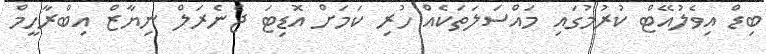
ބިޑް އިވެލުއޭޓް ކުރުމުގައި މައްސަލަތަކެއް ހުރި ކަމަށް އޮޑިޓަ ޖެނެރަލް ނިޔާޒް އިބްރާހީމް